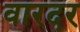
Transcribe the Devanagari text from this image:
वारदर